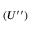
( U ^ { \prime \prime } )